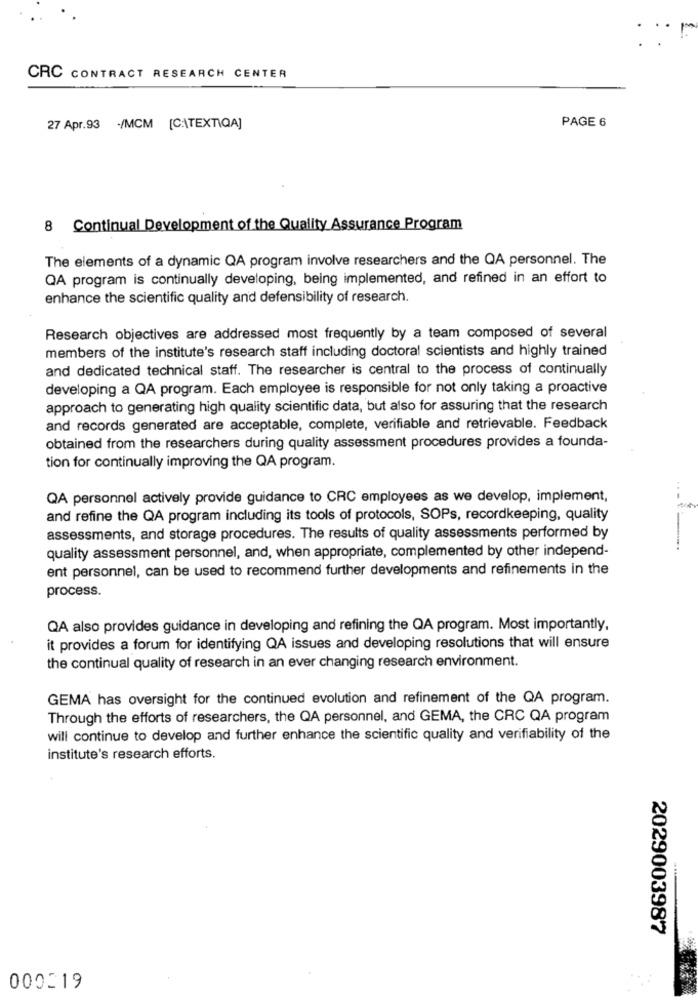
CRC CONTRACT RESEARCH CENTER
PAGE 6
27 Apr.93 -/MCM [C:\TEXTIQA]
8 Continual Development of the Quality Assurance Program
The elements of a dynamic QA program involve researchers and the QA personnel. The
QA program is continually developing, being implemented, and refined in an effort to
enhance the scientific quality and defensibility of research.
Research objectives are addressed most frequently by a team composed of several
members of the institute's research staff including doctoral scientists and highly trained
and dedicated technical staff. The researcher is central to the process of continually
developing a QA program. Each employee is responsible for not only taking a proactive
approach to generating high quality scientific data, but also for assuring that the research
and records generated are acceptable, complete, verifiable and retrievable. Feedback
obtained from the researchers during quality assessment procedures provides a founda-
tion for continually improving the QA program.
QA personnel actively provide guidance to CRC employees as we develop, implement,
and refine the QA program including its tools of protocols, SOPs, recordkeeping, quality
assessments, and storage procedures. The results of quality assessments performed by
quality assessment personnel, and, when appropriate, complemented by other independ-
ent personnel, can be used to recommend further developments and refinements in the
process.
QA also provides guidance in developing and refining the QA program. Most importantly,
it provides a forum for identifying QA issues and developing resolutions that will ensure
the continual quality of research in an ever changing research environment.
GEMA has oversight for the continued evolution and refinement of the QA program.
Through the efforts of researchers, the QA personnel, and GEMA, the CRC QA program
will continue to develop and further enhance the scientific quality and verifiability of the
institute's research efforts.
2029003987
000219